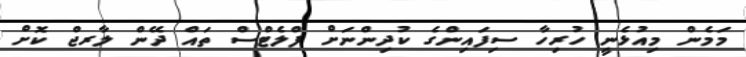
މަމެން މިއުޅެނީ ހުރިހާ ސިފައިންގެ ކުދިންނަށް ފްލެޓްސް ތައް ދޭން ލާރޖް ކޮށް